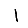
Digit: 1